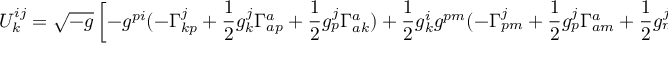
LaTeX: U _ { k } ^ { i j } = \sqrt { - g } \left[ - g ^ { p i } ( - \Gamma _ { k p } ^ { j } + \frac { 1 } { 2 } g _ { k } ^ { j } \Gamma _ { a p } ^ { a } + \frac { 1 } { 2 } g _ { p } ^ { j } \Gamma _ { a k } ^ { a } ) + \frac { 1 } { 2 } g _ { k } ^ { i } g ^ { p m } ( - \Gamma _ { p m } ^ { j } + \frac { 1 } { 2 } g _ { p } ^ { j } \Gamma _ { a m } ^ { a } + \frac { 1 } { 2 } g _ { m } ^ { j } \Gamma _ { a p } ^ { a } ) \right] ,